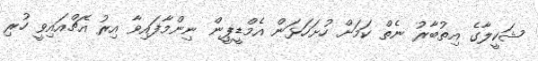
ޝަކީލާގެ އިތުބާރު ނެތް ކަމަށް ހުށަހަޅަން އެމްޑީޕީން ނިންމާފައިވާ އިރު އެޗްއައިވީ ހުރި